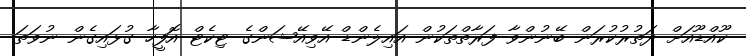
ކޫއްޑޫއަށް ދަތުރުކުރަން ބޭނުންވާ ފަރާތްތަކުން އައިލެންޑް އޭވިއޭޝަންގެ ޓިކެޓް އޮފީހާ ގުޅައިގެން ނުވަތަ